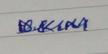
Signature authenticity: genuine